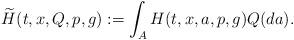
LaTeX: \begin{align*}\widetilde{H}(t,x,Q,p,g):= \int_A H(t,x,a,p,g) Q(da).\end{align*}